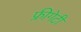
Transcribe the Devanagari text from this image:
फ्रीगेटी